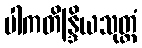
ပါကတိန္ဒြိယသုတ္တံ